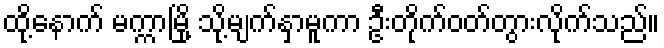
ထို့နောက် မက္ကာမြို့ သို့မျက်နှာမူကာ ဦးတိုက်ဝတ်တွားလိုက်သည်။